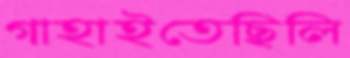
গাহাইতেছিলি